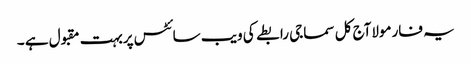
یہ فارمولاآج کل سماجی رابطے کی ویب سائٹس پربہت مقبول ہے ۔